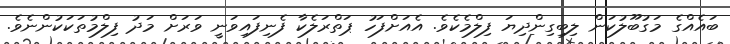
ބައެއްގެ މަގުބޫލުކަން ލިބިގިންދިޔަ ފިލްމެކެވެ. އެއަށްފަހު ޕަތްރަލެކާ ފެނިފައިވަނީ ވަރަށް މަދު ފިލްމުތަކަކުންނެވެ.